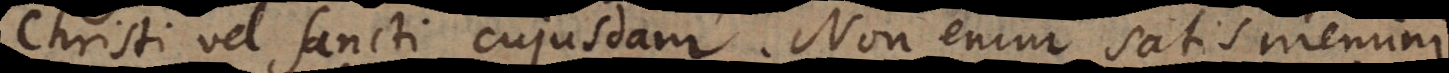
Christi vel Sancti cujusdam. Non enim satis memini